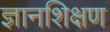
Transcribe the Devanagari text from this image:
ज्ञानशिक्षण